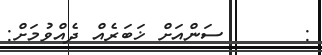
:       ސަންއަށް ޚަބަރެއް ދެއްވުމަށް: